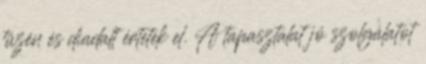
tüzén és diadalt értetek el. A tapasztalat jó szolgálatot